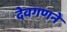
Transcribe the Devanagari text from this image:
देवगणने